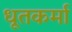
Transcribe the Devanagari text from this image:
धूतकर्मा